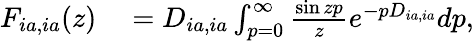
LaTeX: \begin{array}{rl}{{F}_{ia,ia}(z)}&{{}=D_{ia,ia}\int_{p=0}^{\infty}\frac{\sin{zp}}{z}e^{-pD_{ia,ia}}dp,}\end{array}